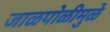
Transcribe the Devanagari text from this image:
जाळपोळीमुळे